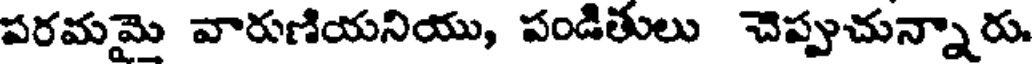
పరమమై వారుణియనియు, పండితులు చెప్పుచున్నారు.